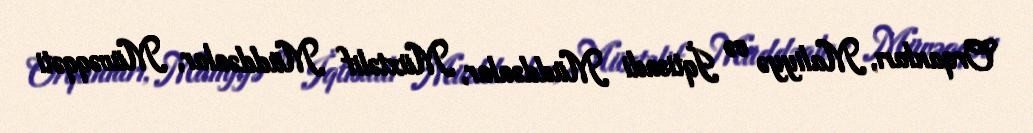
Orqanları, Maliyyə və İqtisadi Müddəalar, Müxtəlif Müddəalar, Müvəqqəti